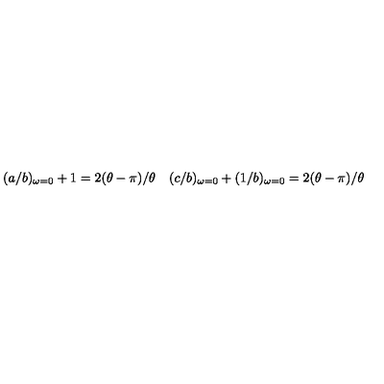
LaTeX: \begin{array} { l l } { ( a / b ) _ { \omega = 0 } + 1 = 2 ( \theta - \pi ) / \theta } & { ( c / b ) _ { \omega = 0 } + ( 1 / b ) _ { \omega = 0 } = 2 ( \theta - \pi ) / \theta } \\ \end{array}